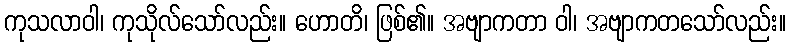
ကုသလာဝါ၊ ကုသိုလ်သော်လည်း။ ဟောတိ၊ ဖြစ်၏။ အဗျာကတာ ဝါ၊ အဗျာကတသော်လည်း။